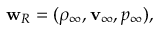
\begin{array} { r } { { \bf w } _ { R } = ( \rho _ { \infty } , { \bf v } _ { \infty } , p _ { \infty } ) , } \end{array}